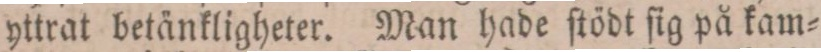
yttrat betänkligheter. Man hade ſtödt ſig på kam=